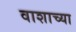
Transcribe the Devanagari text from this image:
वाशाच्या